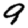
Digit: 9